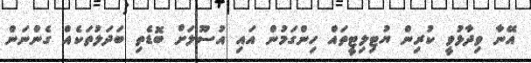
އޭނާ ވިދާޅުވީ ކުރިން ޔުޓިލިޓީތައް ހިންގަމުން އައި އުސޫލަށް ބޮޑެތި ބަދަލުތަކެއް ގެންނަން